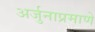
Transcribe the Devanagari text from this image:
अर्जुनाप्रमाणे